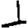
Digit: 1